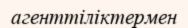
агенттіліктермен